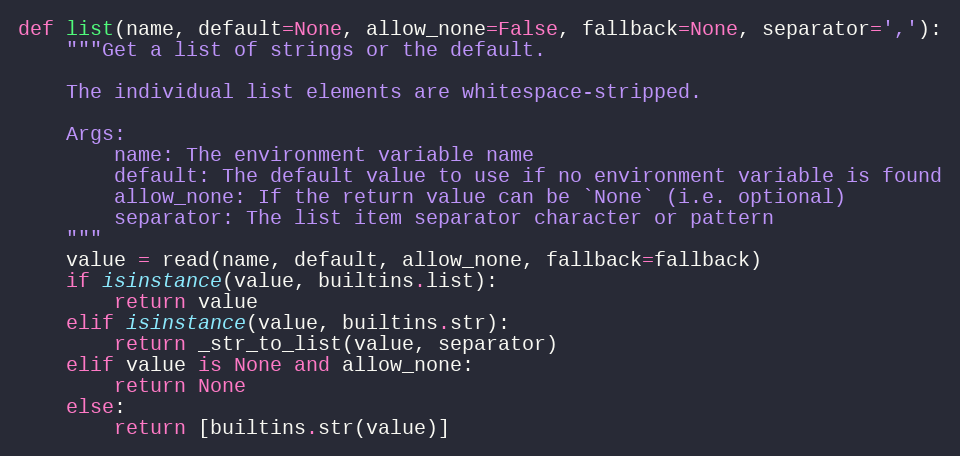
Language: Python
def list(name, default=None, allow_none=False, fallback=None, separator=','):
    """Get a list of strings or the default.

    The individual list elements are whitespace-stripped.

    Args:
        name: The environment variable name
        default: The default value to use if no environment variable is found
        allow_none: If the return value can be `None` (i.e. optional)
        separator: The list item separator character or pattern
    """
    value = read(name, default, allow_none, fallback=fallback)
    if isinstance(value, builtins.list):
        return value
    elif isinstance(value, builtins.str):
        return _str_to_list(value, separator)
    elif value is None and allow_none:
        return None
    else:
        return [builtins.str(value)]